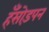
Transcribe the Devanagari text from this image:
हँसोड़पन